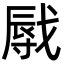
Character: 㦺